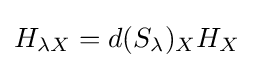
H_{\lambda X}=d(S_{\lambda })_{X}H_{X}